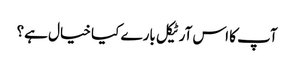
آپ کا اس آرٹیکل بارے کیا خیال ہے؟